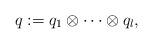
LaTeX: \begin{gather*}q:=q_1\otimes\cdots\otimes q_l,\end{gather*}